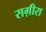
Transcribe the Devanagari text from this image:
सग़ीरा